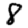
Digit: 8